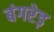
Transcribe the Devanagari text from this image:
बंगरेड़